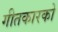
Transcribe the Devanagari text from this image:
गीतकारको